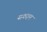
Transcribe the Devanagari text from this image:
यागदान